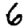
Digit: 6